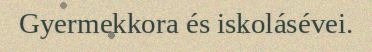
Gyermekkora és iskolásévei.